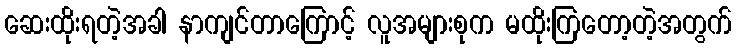
ဆေးထိုးရတဲ့အခါ နာကျင်တာကြောင့် လူအများစုက မထိုးကြတော့တဲ့အတွက်